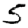
Digit: 5